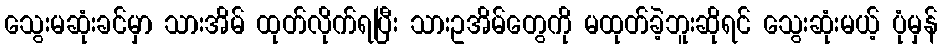
သွေးမဆုံးခင်မှာ သားအိမ် ထုတ်လိုက်ရပြီး သားဥအိမ်တွေကို မထုတ်ခဲ့ဘူးဆိုရင် သွေးဆုံးမယ့် ပုံမှန်